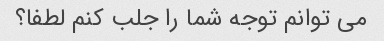
می توانم توجه شما را جلب کنم لطفا؟